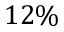
1 2 \%